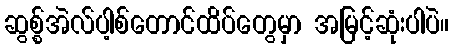
ဆွစ္စ်အဲလ်ပါ့စ်တောင်ထိပ်တွေမှာ အမြင့်ဆုံးပါပဲ။